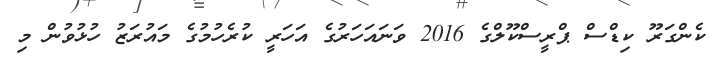
ކެންގަރޫ ކިޑްސް ޕްރީސްކޫލްގެ 2016 ވަނައަހަރުގެ އަހަރީ ކުރެހުމުގެ މައުރަޒު ހުޅުވުން މި